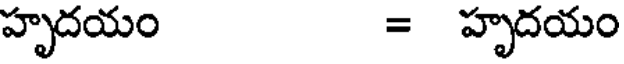
హృదయం = హృదయం